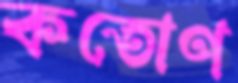
কতোণ